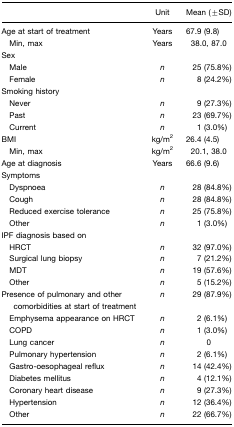
<table><thead><tr><td></td><td><b>Unit</b></td><td><b>Mean (±SD)</b></td></tr></thead><tbody><tr><td>Age at start of treatment</td><td>Years</td><td>67.9 (9.8)</td></tr><tr><td> Min, max</td><td>Years</td><td>38.0, 87.0</td></tr><tr><td>Sex</td><td></td><td></td></tr><tr><td> Male</td><td><i>n</i></td><td>25 (75.8%)</td></tr><tr><td> Female</td><td><i>n</i></td><td>8 (24.2%)</td></tr><tr><td>Smoking history</td><td></td><td></td></tr><tr><td> Never</td><td><i>n</i></td><td>9 (27.3%)</td></tr><tr><td> Past</td><td><i>n</i></td><td>23 (69.7%)</td></tr><tr><td> Current</td><td><i>n</i></td><td>1 (3.0%)</td></tr><tr><td>BMI</td><td>kg/m<sup>2</sup></td><td>26.4 (4.5)</td></tr><tr><td> Min, max</td><td>kg/m<sup>2</sup></td><td>20.1, 38.0</td></tr><tr><td>Age at diagnosis</td><td>Years</td><td>66.6 (9.6)</td></tr><tr><td>Symptoms</td><td></td><td></td></tr><tr><td> Dyspnoea</td><td><i>n</i></td><td>28 (84.8%)</td></tr><tr><td> Cough</td><td><i>n</i></td><td>28 (84.8%)</td></tr><tr><td> Reduced exercise tolerance</td><td><i>n</i></td><td>25 (75.8%)</td></tr><tr><td> Other</td><td><i>n</i></td><td>1 (3.0%)</td></tr><tr><td>IPF diagnosis based on</td><td></td><td></td></tr><tr><td> HRCT</td><td><i>n</i></td><td>32 (97.0%)</td></tr><tr><td> Surgical lung biopsy</td><td><i>n</i></td><td>7 (21.2%)</td></tr><tr><td> MDT</td><td><i>n</i></td><td>19 (57.6%)</td></tr><tr><td> Other</td><td><i>n</i></td><td>5 (15.2%)</td></tr><tr><td>Presence of pulmonary and othercomorbidities at start of treatment</td><td><i>n</i></td><td>29 (87.9%)</td></tr><tr><td> Emphysema appearance on HRCT</td><td><i>n</i></td><td>2 (6.1%)</td></tr><tr><td> COPD</td><td><i>n</i></td><td>1 (3.0%)</td></tr><tr><td> Lung cancer</td><td><i>n</i></td><td>0</td></tr><tr><td> Pulmonary hypertension</td><td><i>n</i></td><td>2 (6.1%)</td></tr><tr><td> Gastro-oesophageal reflux</td><td><i>n</i></td><td>14 (42.4%)</td></tr><tr><td> Diabetes mellitus</td><td><i>n</i></td><td>4 (12.1%)</td></tr><tr><td> Coronary heart disease</td><td><i>n</i></td><td>9 (27.3%)</td></tr><tr><td> Hypertension</td><td><i>n</i></td><td>12 (36.4%)</td></tr><tr><td> Other</td><td><i>n</i></td><td>22 (66.7%)</td></tr></tbody></table>